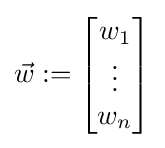
{\vec {w}}:={\begin{bmatrix}w_{1}\\\vdots \\w_{n}\end{bmatrix}}